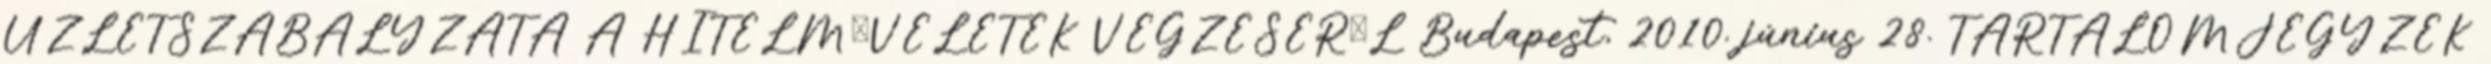
ÜZLETSZABÁLYZATA A HITELMŰVELETEK VÉGZÉSÉRŐL Budapest, 2010. június 28. TARTALOMJEGYZÉK